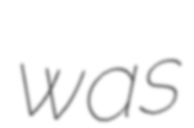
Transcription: was